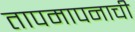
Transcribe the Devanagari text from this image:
तापमापनाची